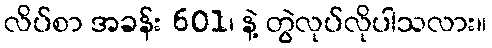
လိပ်စာ အခန်း 601၊ နဲ့ တွဲလုပ်လိုပါသလား။